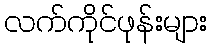
လက်ကိုင်ဖုန်းများ